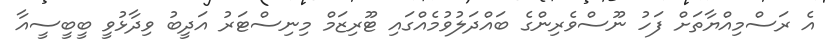
އެ ރަސްމިއްޔާތަށް ފަހު ނޫސްވެރިންގެ ބައްދަލުވުމެއްގައި ޓޫރިޒަމް މިނިސްޓަރު އަދީބު ވިދާޅުވީ ބީބީސީއާ